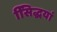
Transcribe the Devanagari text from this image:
सििद्धयां